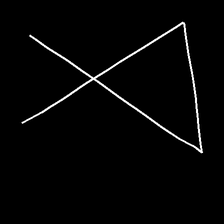
Glyph: collection